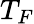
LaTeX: T_{F}